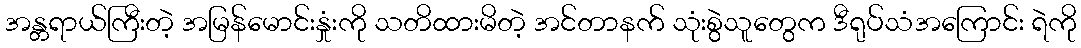
အန္တရာယ်ကြီးတဲ့ အမြန်မောင်းနှုံးကို သတိထားမိတဲ့ အင်တာနက် သုံးစွဲသူတွေက ဒီရုပ်သံအကြောင်း ရဲကို